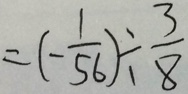
= ( - \frac { 1 } { 5 6 } ) \div \frac { 3 } { 8 }